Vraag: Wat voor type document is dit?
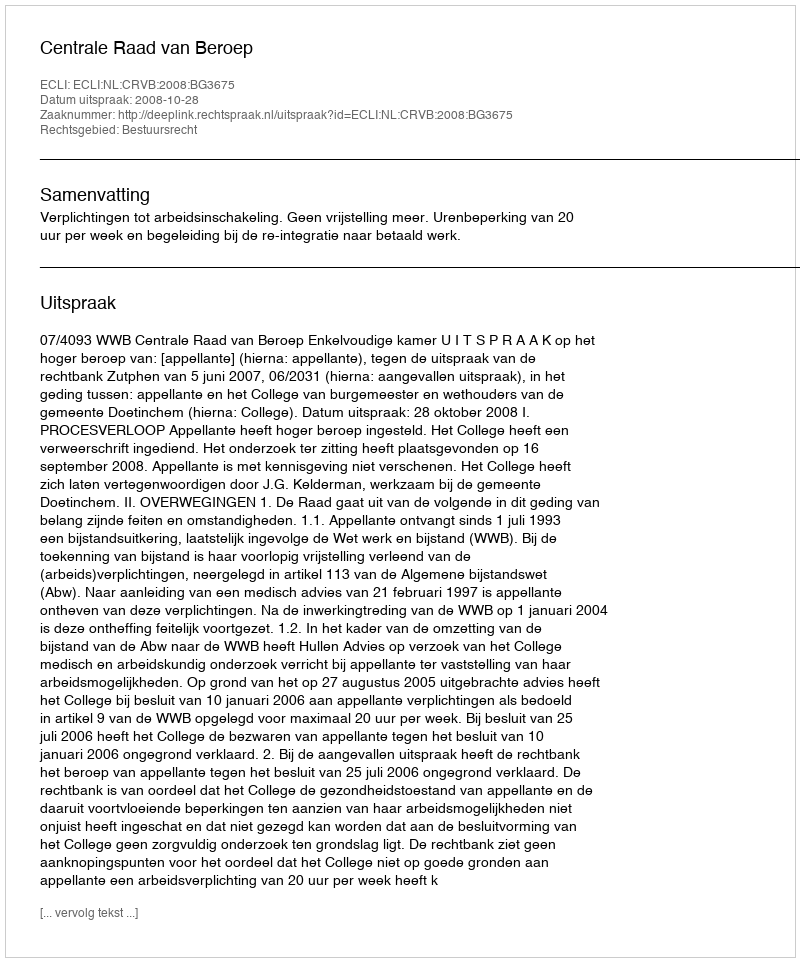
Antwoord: Uitspraak